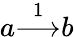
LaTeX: a{\overset{1}{\longrightarrow}}b